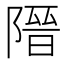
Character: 𮥔